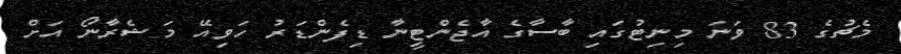
މެޗުގެ 83 ވަނަ މިނިޓުގައި ބާސާގެ އާޖެންޓީނާ ޑިފެންޑަރު ހަވިއޭ މަޝެރާނޯ އަށް